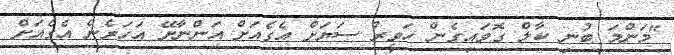
"މަންމަ ބުނި ކާލް ގޮވައިގެން ހަވީރު ސަޔަށް އެގެއަށް އަންނާށޭ އަހަރެން އެގެއަށް